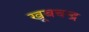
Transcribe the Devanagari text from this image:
खूबचन्द्र